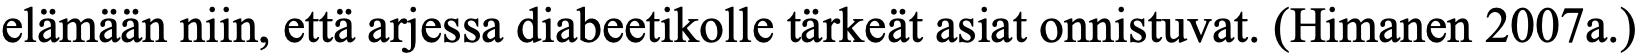
elämään niin, että arjessa diabeetikolle tärkeät asiat onnistuvat. (Himanen 2007a.)